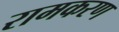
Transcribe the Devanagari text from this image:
रामकरण